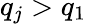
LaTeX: q_{j}>q_{1}